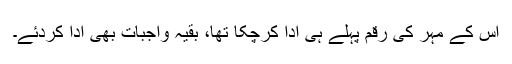
اس کے مہر کی رقم پہلے ہی ادا کرچکا تھا، بقیہ واجبات بھی ادا کردئے۔